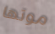
موتها